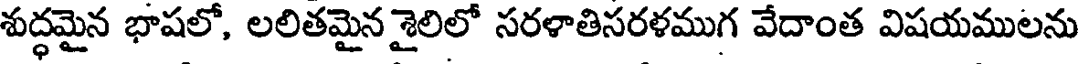
శుద్ధమైన భాషలో, లలితమైన శైలిలో సరళాతిసరళముగ వేదాంత విషయములను